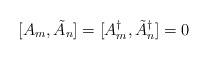
LaTeX: \begin{align*}[A_{m},\tilde{A}_{n}] = [A^{\dagger}_{m},\tilde{A}^{\dagger}_{n}] = 0 \end{align*}